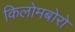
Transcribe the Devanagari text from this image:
किलोमबोरो